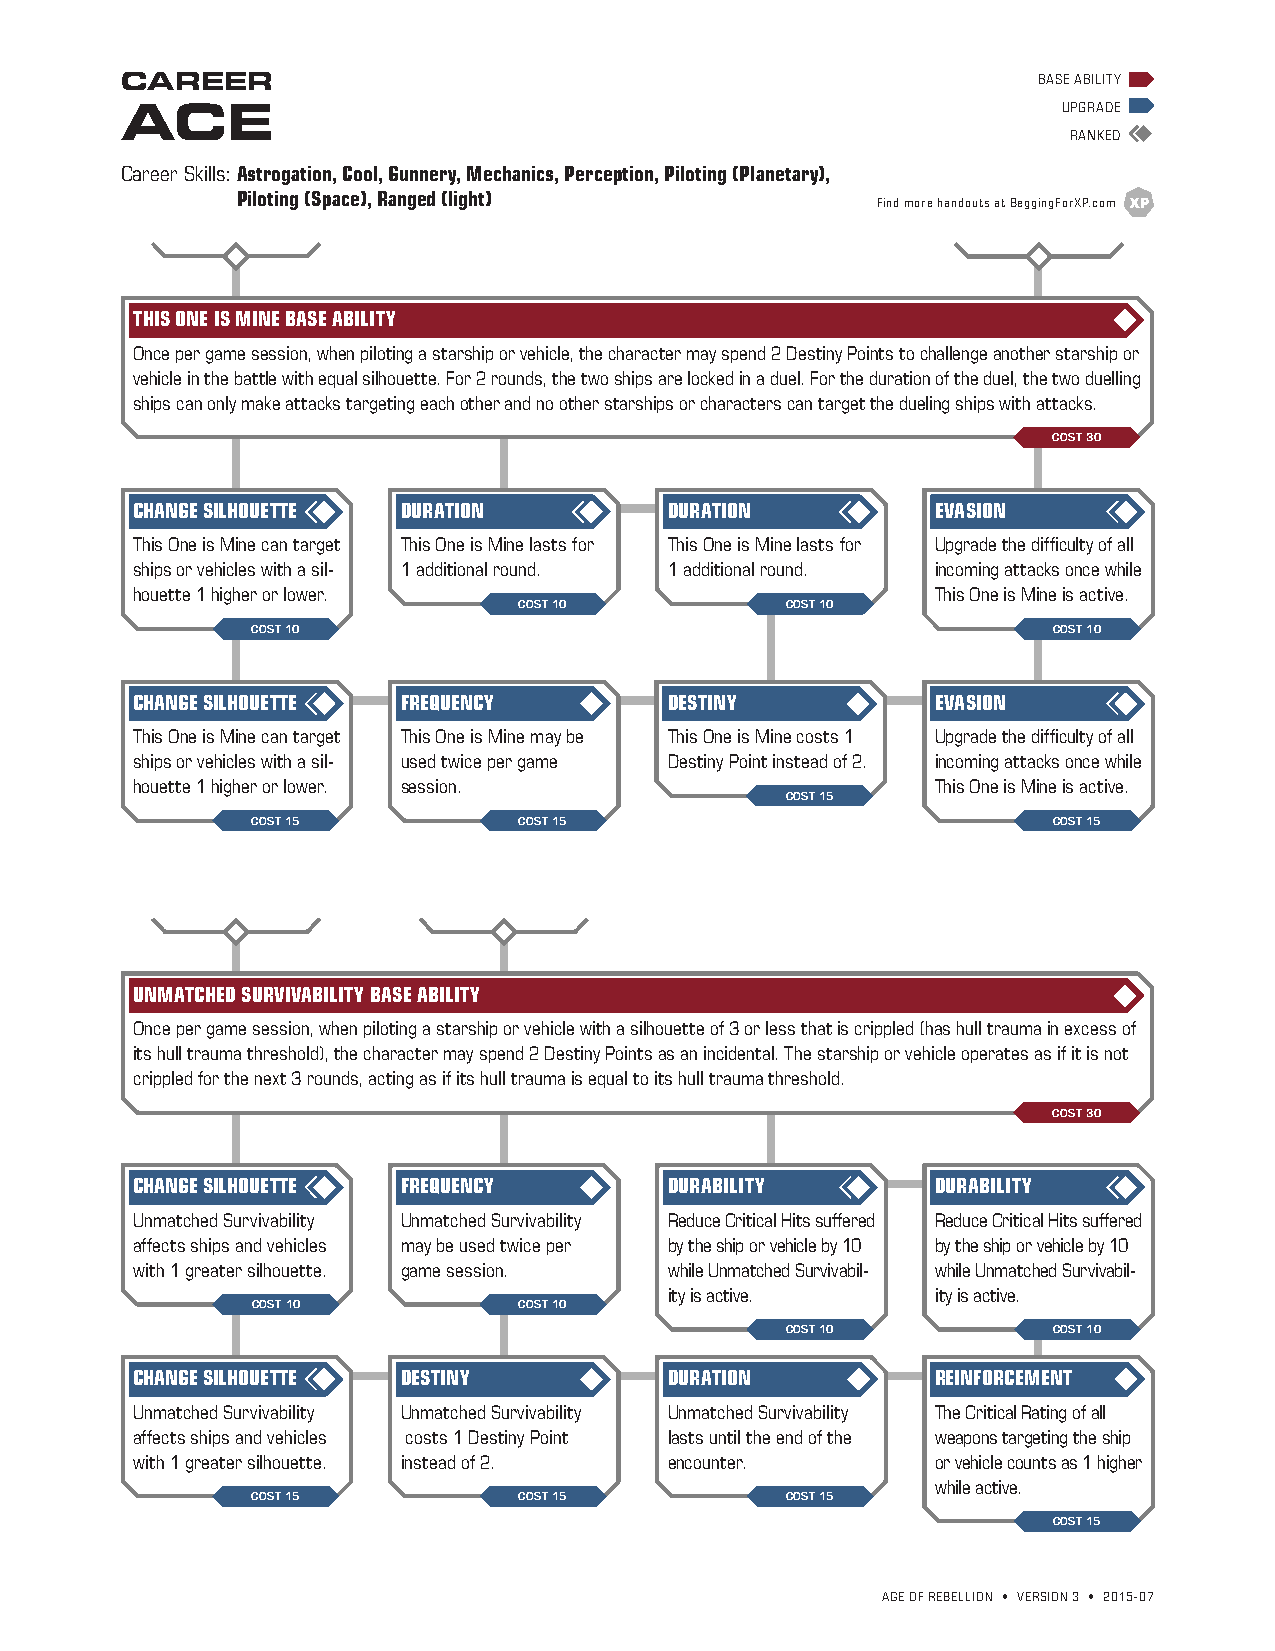
CAREER                                                       BASE ABILITY
 ACE                                                           UPGRADE
 RANKED
 Career Skills: Astrogation, Cool, Gunnery, Mechanics, Perception, Piloting (Planetary),
 Piloting (Space), Ranged (light)          Find more handouts at BeggingForXP.com
 THIS ONE IS MINE BASE ABILITY
 Once per game session, when piloting a starship or vehicle, the character may spend 2 Destiny Points to challenge another starship or
 vehicle in the battle with equal silhouette. For 2 rounds, the two ships are locked in a duel. For the duration of the duel, the two duelling
 ships can only make attacks targeting each other and no other starships or characters can target the dueling ships with attacks.
 COST 30
 CHANGE SILHOUETTE DURATION         DURATION          EVASION
 This One is Mine can target This One is Mine lasts for This One is Mine lasts for Upgrade the difficulty of all
 ships or vehicles with a sil- 1 additional round. 1 additional round. incoming attacks once while
 houette 1 higher or lower.                           This One is Mine is active.
 COST 10           COST 10
 COST 10                                              COST 10
 CHANGE SILHOUETTE FREQUENCY        DESTINY           EVASION
 This One is Mine can target This One is Mine may be This One is Mine costs 1 Upgrade the difficulty of all
 ships or vehicles with a sil- used twice per game Destiny Point instead of 2. incoming attacks once while
 houette 1 higher or lower. session.                  This One is Mine is active.
 COST 15
 COST 15          COST 15                             COST 15
 UNMATCHED SURVIVABILITY BASE ABILITY
 Once per game session, when piloting a starship or vehicle with a silhouette of 3 or less that is crippled (has hull trauma in excess of
 its hull trauma threshold), the character may spend 2 Destiny Points as an incidental. The starship or vehicle operates as if it is not
 crippled for the next 3 rounds, acting as if its hull trauma is equal to its hull trauma threshold.
 COST 30
 CHANGE SILHOUETTE FREQUENCY        DURABILITY        DURABILITY
 Unmatched Survivability Unmatched Survivability Reduce Critical Hits suffered Reduce Critical Hits suffered
 affects ships and vehicles may be used twice per by the ship or vehicle by 10 by the ship or vehicle by 10
 with 1 greater silhouette. game session. while Unmatched Survivabil- while Unmatched Survivabil-
 ity is active.    ity is active.
 COST 10          COST 10
 COST 10           COST 10
 CHANGE SILHOUETTE DESTINY          DURATION          REINFORCEMENT
 Unmatched Survivability Unmatched Survivability Unmatched Survivability The Critical Rating of all
 affects ships and vehicles costs 1 Destiny Point lasts until the end of the weapons targeting the ship
 with 1 greater silhouette. instead of 2. encounter.  or vehicle counts as 1 higher
 while active.
 COST 15          COST 15           COST 15
 COST 15
 AGE OF REBELLION • VERSION 3 • 2015-07